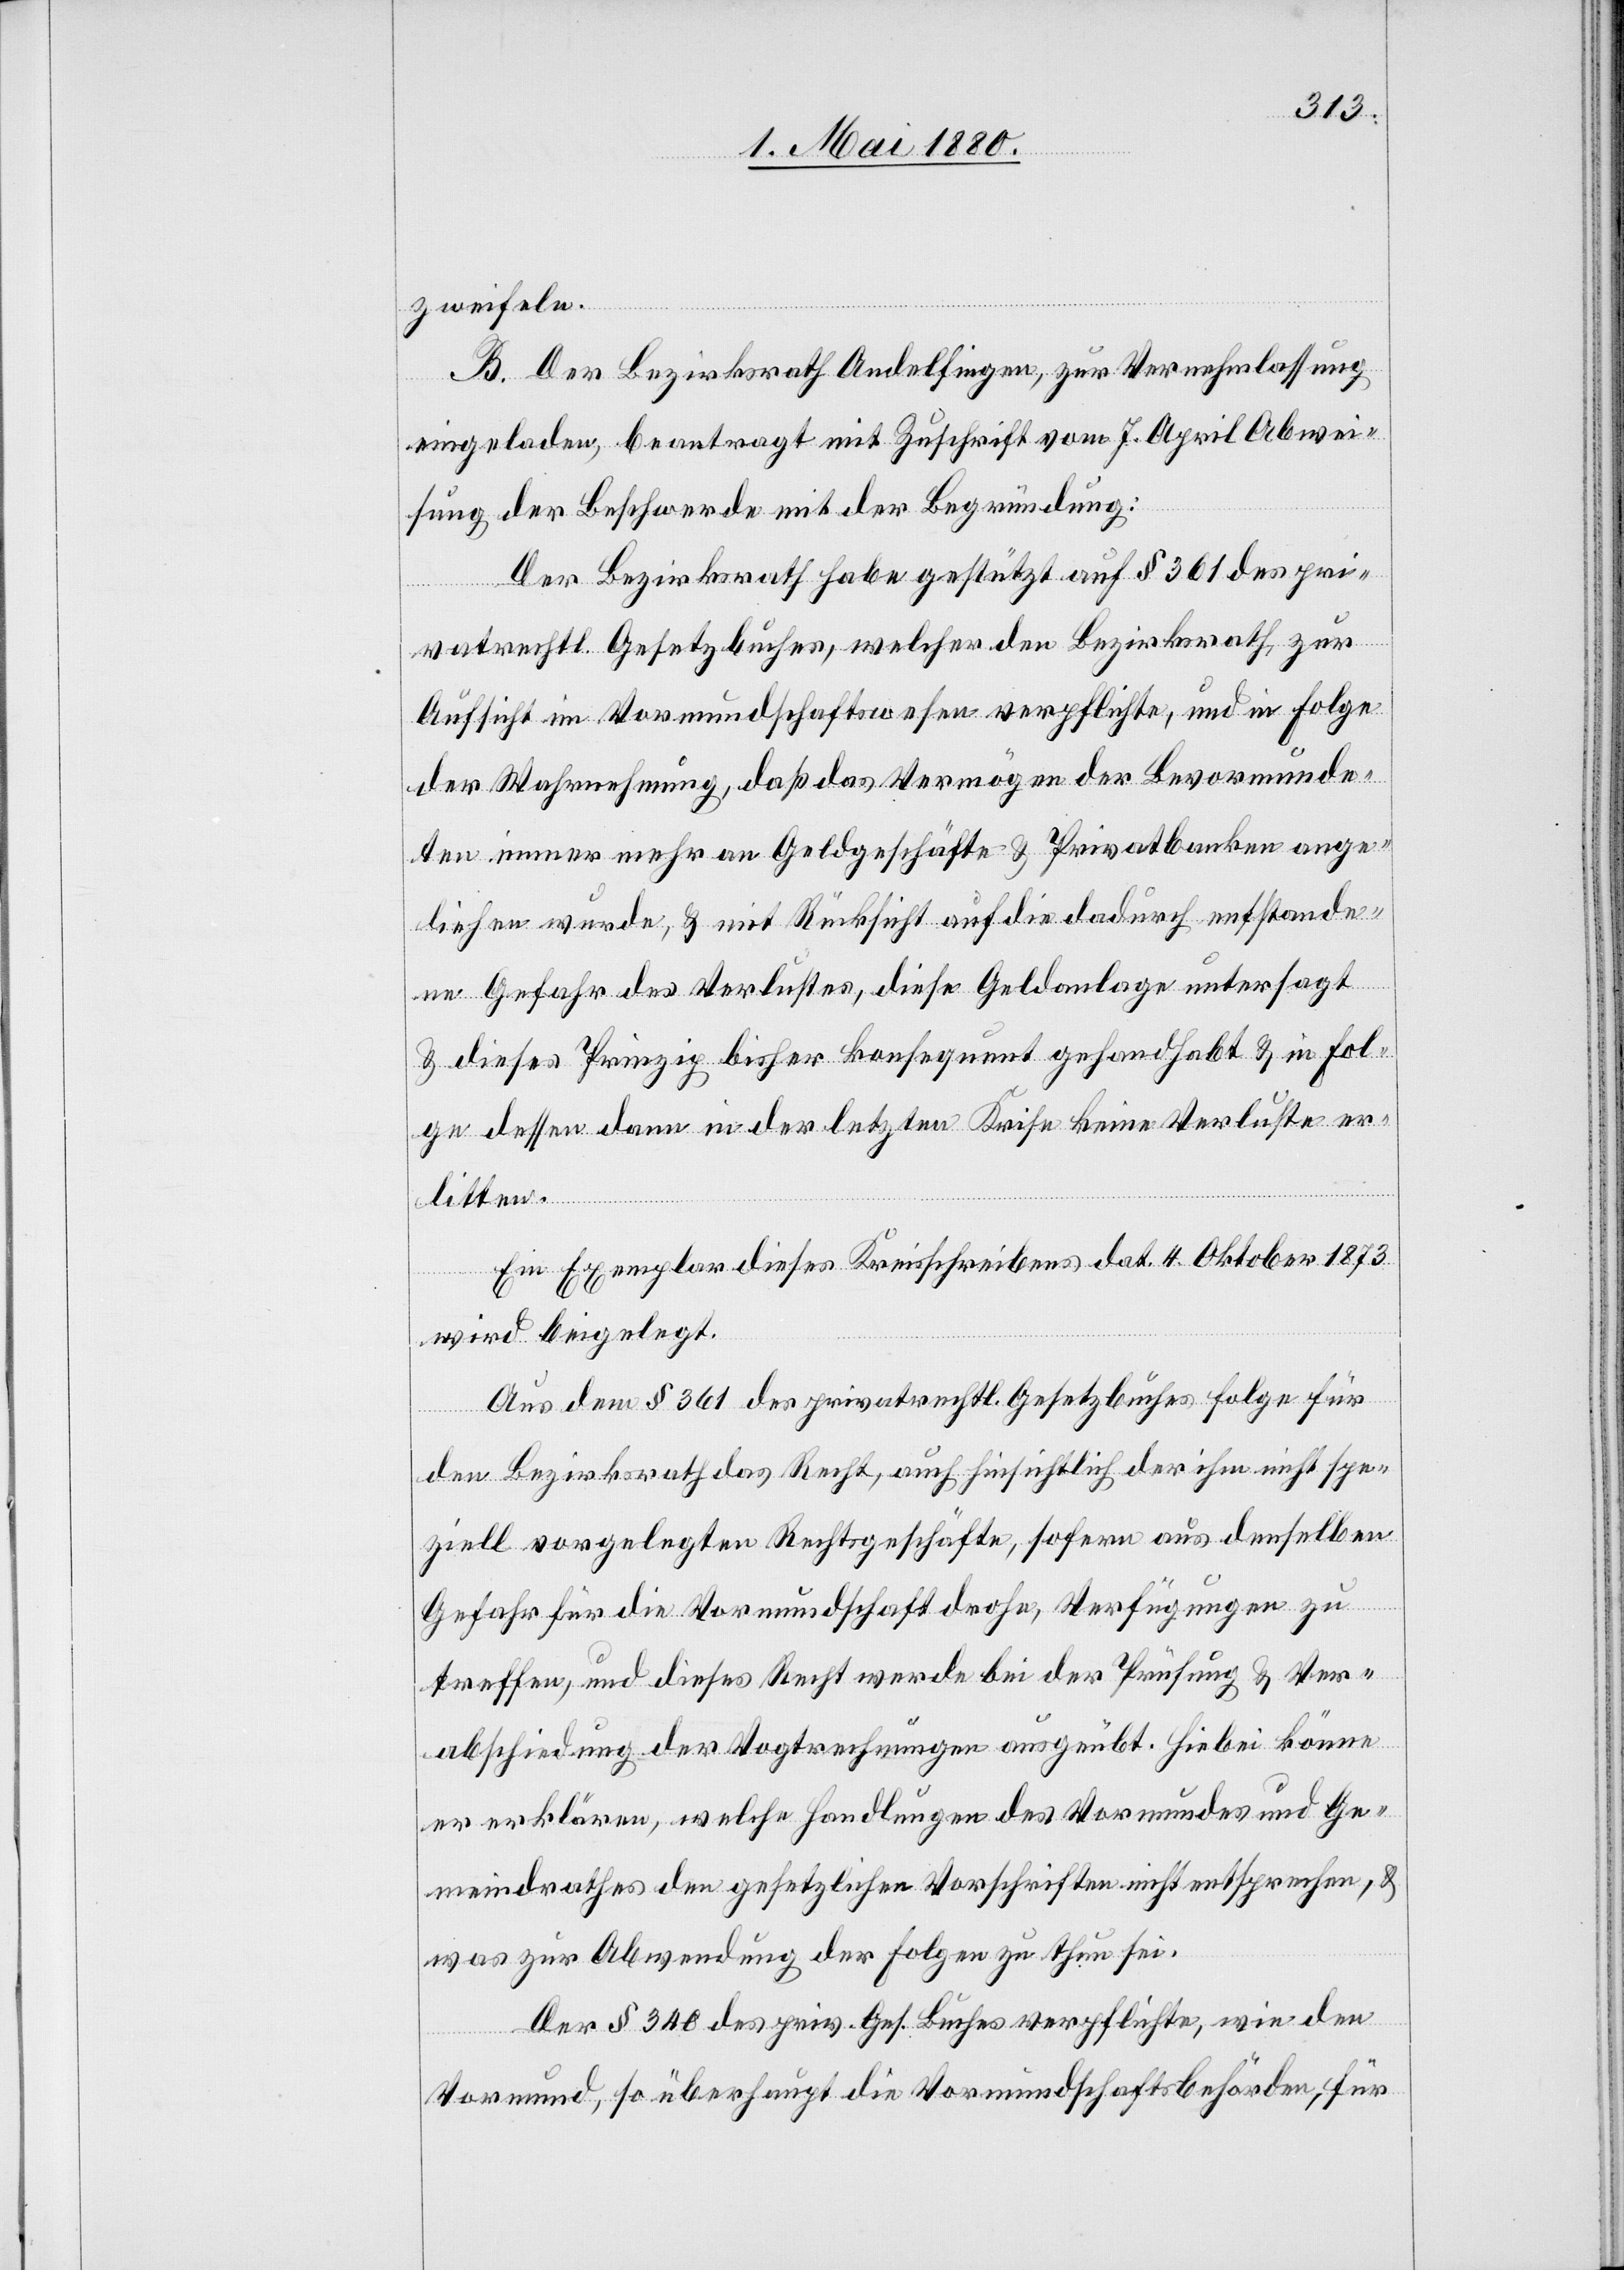
zweifeln.
B. Der Bezirksrath Andelfingen, zur Vernehmlassung
eingeladen, beantragt mit Zuschrift vom 7. April Abwei¬
sung der Beschwerde mit der Begründung:
Der Bezirksrath habe gestützt auf § 361 des pri¬
vatrechtl. Gesetzbuches, welcher den Bezirksrath zur
Aufsicht im Vormundschaftswesen verpflichte, und in Folge
der Wahrnehmung, daß das Vermögen der Bevormunde¬
ten immer mehr an Geldgeschäfte & Privatbanken ange¬
liehen wurde, & mit Rücksicht auf die dadurch entstande¬
ne Gefahr des Verlustes, diese Geldanlage untersagt
& dieses Prinzip bisher konsequent gehandhabt & in Fol¬
ge dessen dann in der letzten Krise keine Verluste er¬
litten.
Ein Exemplar dieses Kreisschreibens dat. 4. Oktober 1873
wird beigelegt.
Aus dem § 361 des privatrechtl. Gesetzbuches folge für
den Bezirksrath das Recht, auch hinsichtlich der ihm nicht spe¬
ziell vorgelegten Rechtsgeschäfte, sofern aus denselben
Gefahr für die Vormundschaft drohe, Verfügungen zu
treffen, und dieses Recht werde bei der Prüfung & Ver¬
abschiedung der Vogtrechnungen ausgeübt. Hiebei könne
er erklären, welche Handlungen des Vormundes und Ge¬
meindrathes den gesetzlichen Vorschriften entsprechen &
was zur Abwendung der Folgen zu thun sei.
Der § 348 des priv. Ges. Buches verpflichte, wie den
Vormund, so überhaupt die Vormundschaftsbehörden, für